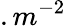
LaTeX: .m^{-2}